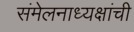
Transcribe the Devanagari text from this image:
संमेलनाध्यक्षांची